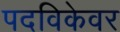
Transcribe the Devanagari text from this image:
पदविकेवर